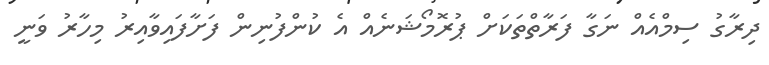
ދިރާގު ސިމްއެއް ނަގާ ފަރާތްތަކަށް ޕުރޮމޯޝަނެއް އެ ކުންފުނިން ފަށާފައިވާއިރު މިހާރު ވަނީ